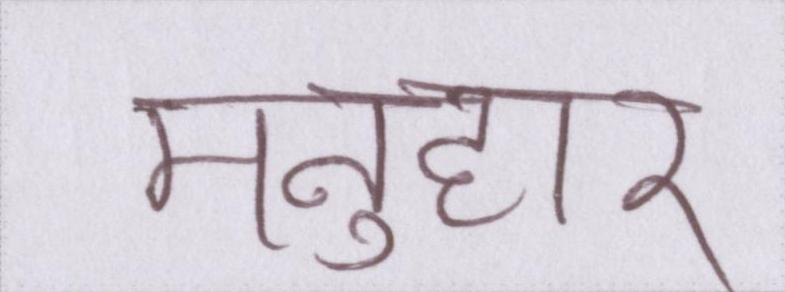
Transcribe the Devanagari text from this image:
मनुहार